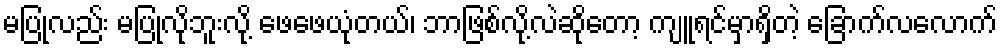
မပြုလည်း မပြုလိုဘူးလို့ ဖေဖေယုံတယ်၊ ဘာဖြစ်လို့လဲဆိုတော့ ကျူရင်မှာရှိတဲ့ ခြောက်လလောက်